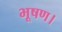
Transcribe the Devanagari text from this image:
भूषण।